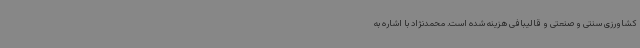
کشاورزی سنتی و صنعتی و قالیبافی هزینه شده است. محمدنژاد با اشاره به